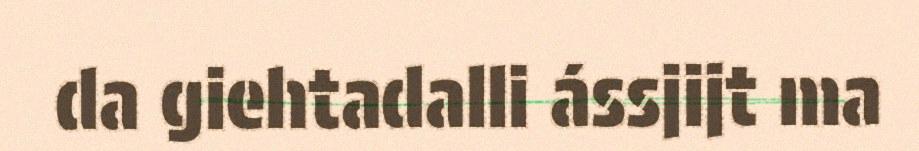
da giehtadalli ássjijt ma